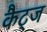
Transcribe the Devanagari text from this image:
कैट्ज